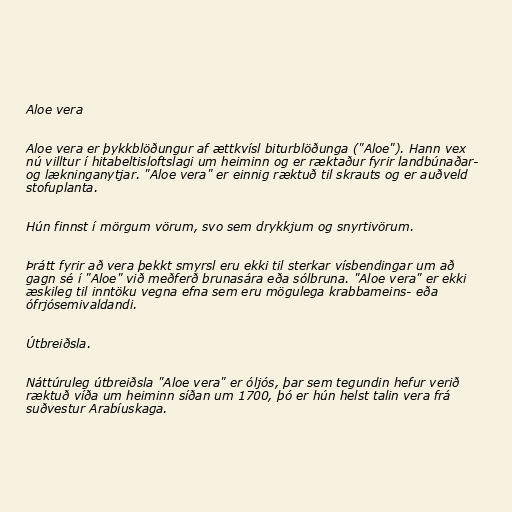
Aloe vera

Aloe vera er þykkblöðungur af ættkvísl biturblöðunga ("Aloe"). Hann vex
nú villtur í hitabeltisloftslagi um heiminn og er ræktaður fyrir landbúnaðar-
og lækninganytjar. "Aloe vera" er einnig ræktuð til skrauts og er auðveld
stofuplanta.

Hún finnst í mörgum vörum, svo sem drykkjum og snyrtivörum.

Þrátt fyrir að vera þekkt smyrsl eru ekki til sterkar vísbendingar um að
gagn sé í "Aloe" við meðferð brunasára eða sólbruna. "Aloe vera" er ekki
æskileg til inntöku vegna efna sem eru mögulega krabbameins- eða
ófrjósemivaldandi.

Útbreiðsla.

Náttúruleg útbreiðsla "Aloe vera" er óljós, þar sem tegundin hefur verið
ræktuð víða um heiminn síðan um 1700, þó er hún helst talin vera frá
suðvestur Arabíuskaga.